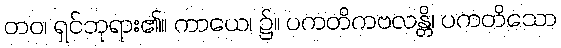
တဝ၊ ရှင်ဘုရား၏။ ကာယေ၊ ၌။ ပကတိကဗလန္တိ၊ ပကတိသော